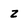
Character: z